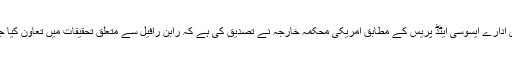
خبر رساں ادارے ایسوسی ایٹڈ پریس کے مطابق امریکی محکمہ خارجہ نے تصدیق کی ہے کہ رابن رافیل سے متعلق تحقیقات میں تعاون کیا جا رہا ہے۔